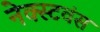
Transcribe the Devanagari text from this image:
नेक्स्टवंस